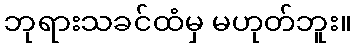
ဘုရားသခင်ထံမှ မဟုတ်ဘူး။